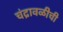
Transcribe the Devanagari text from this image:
चंद्रावळीची